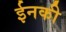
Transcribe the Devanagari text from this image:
ईनकी